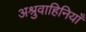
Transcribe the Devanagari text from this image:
अश्रुवाहिनियाँ